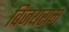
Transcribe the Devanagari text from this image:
विजयराम